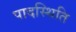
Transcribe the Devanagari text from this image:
पादस्थिति